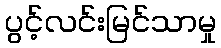
ပွင့်လင်းမြင်သာမှု